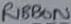
Text: RIBBON